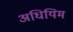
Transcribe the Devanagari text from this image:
अधियिम